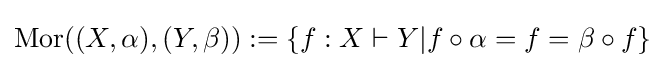
\operatorname {Mor} ((X,\alpha ),(Y,\beta )):=\{f:X\vdash Y|f\circ \alpha =f=\beta \circ f\}